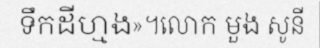
ទឹកដីហ្មង»។លោក មួង សូនី